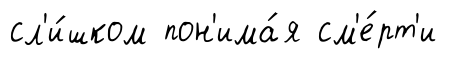
сл'и́шком пон'има́я см'е́рт'и